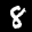
Label: 8